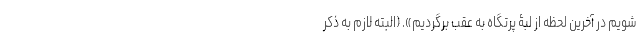
شویم در آخرین لحظه از لبۀ پرتگاه به عقب برگردیم». (البته لازم به ذکر